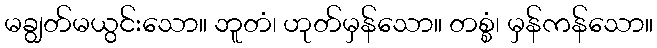
မချွတ်မယွင်းသော။ ဘူတံ၊ ဟုတ်မှန်သော။ တစ္စံ၊ မှန်ကန်သော။